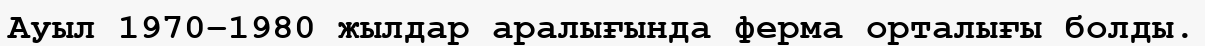
Ауыл 1970–1980 жылдар аралығында ферма орталығы болды.